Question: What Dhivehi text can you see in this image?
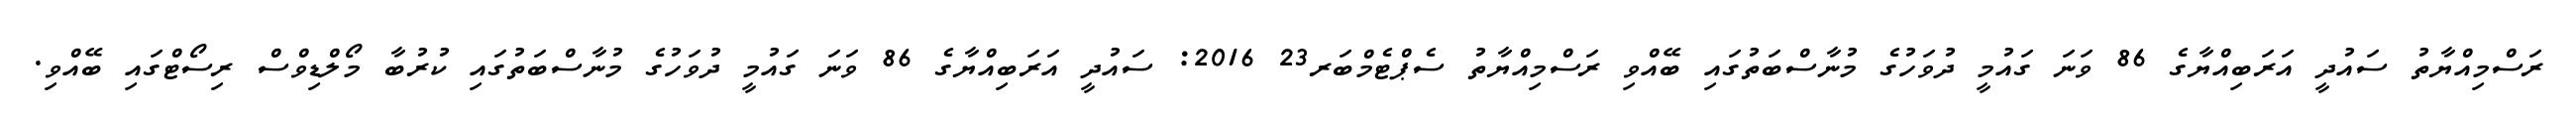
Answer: ރަސްމިއްޔާތު ސައުދީ އަރަބިއްޔާގެ 86 ވަނަ ގައުމީ ދުވަހުގެ މުނާސްބަތުގައި ބޭއްވި ރަސްމިއްޔާތު ސެޕްޓެމްބަރ23 2016: ސައުދީ އަރަބިއްޔާގެ 86 ވަނަ ގައުމީ ދުވަހުގެ މުނާސްބަތުގައި ކުރުބާ މޯލްޑިވްސް ރިސޯޓްގައި ބޭއްވި.